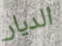
الديار